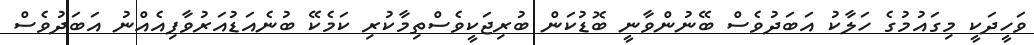
ވަހީދަކީ މިގައުމުގެ ހަލާކު އަބަދުވެސް ބޭނުންވާނީ ބޮޑުކަން ބުރިޖަކީވެސްތިމާކުރި ކަމެކޭ ބުނެއަޑުއަރުވާފިއެއްނު އަބަދުވެސް